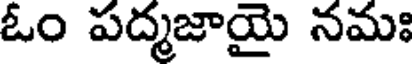
ఓం పద్మజాయై నమః